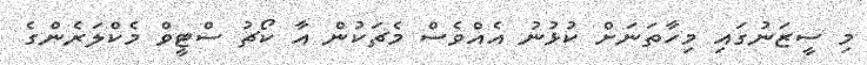
މި ސީޒަނުގައި މިހާތަނަށް ކުޅުނު އެއްވެސް މެޗަކުން އާ ކޯޗު ސްޓީވް މެކްލަރެންގެ